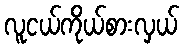
လူငယ်ကိုယ်စားလှယ်